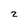
Character: 2